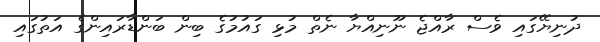
ދުނިޔޭގައި ވެސް ރާއްޖެ ނޫނިއްޔާ ނެތް މުޅި ގައުމުގެ ބިން ބަންޑާރައިންގެ އަތުގައި